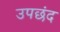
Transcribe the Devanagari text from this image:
उपछंद